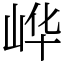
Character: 㟆